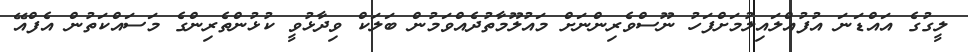
ލީގުގެ އައްޑަނަ އުފުއްލައިލުމަށްފަހު ނޫސްވެރިންނަށް މައުލޫމާތުދެއްވަމުން ބަލަކް ވިދާޅުވީ ކުޅުންތެރިންގެ މަސައްކަތުން އެފްއޭ